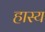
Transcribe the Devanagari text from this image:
हास्‍य